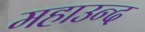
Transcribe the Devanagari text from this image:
महाउन्द